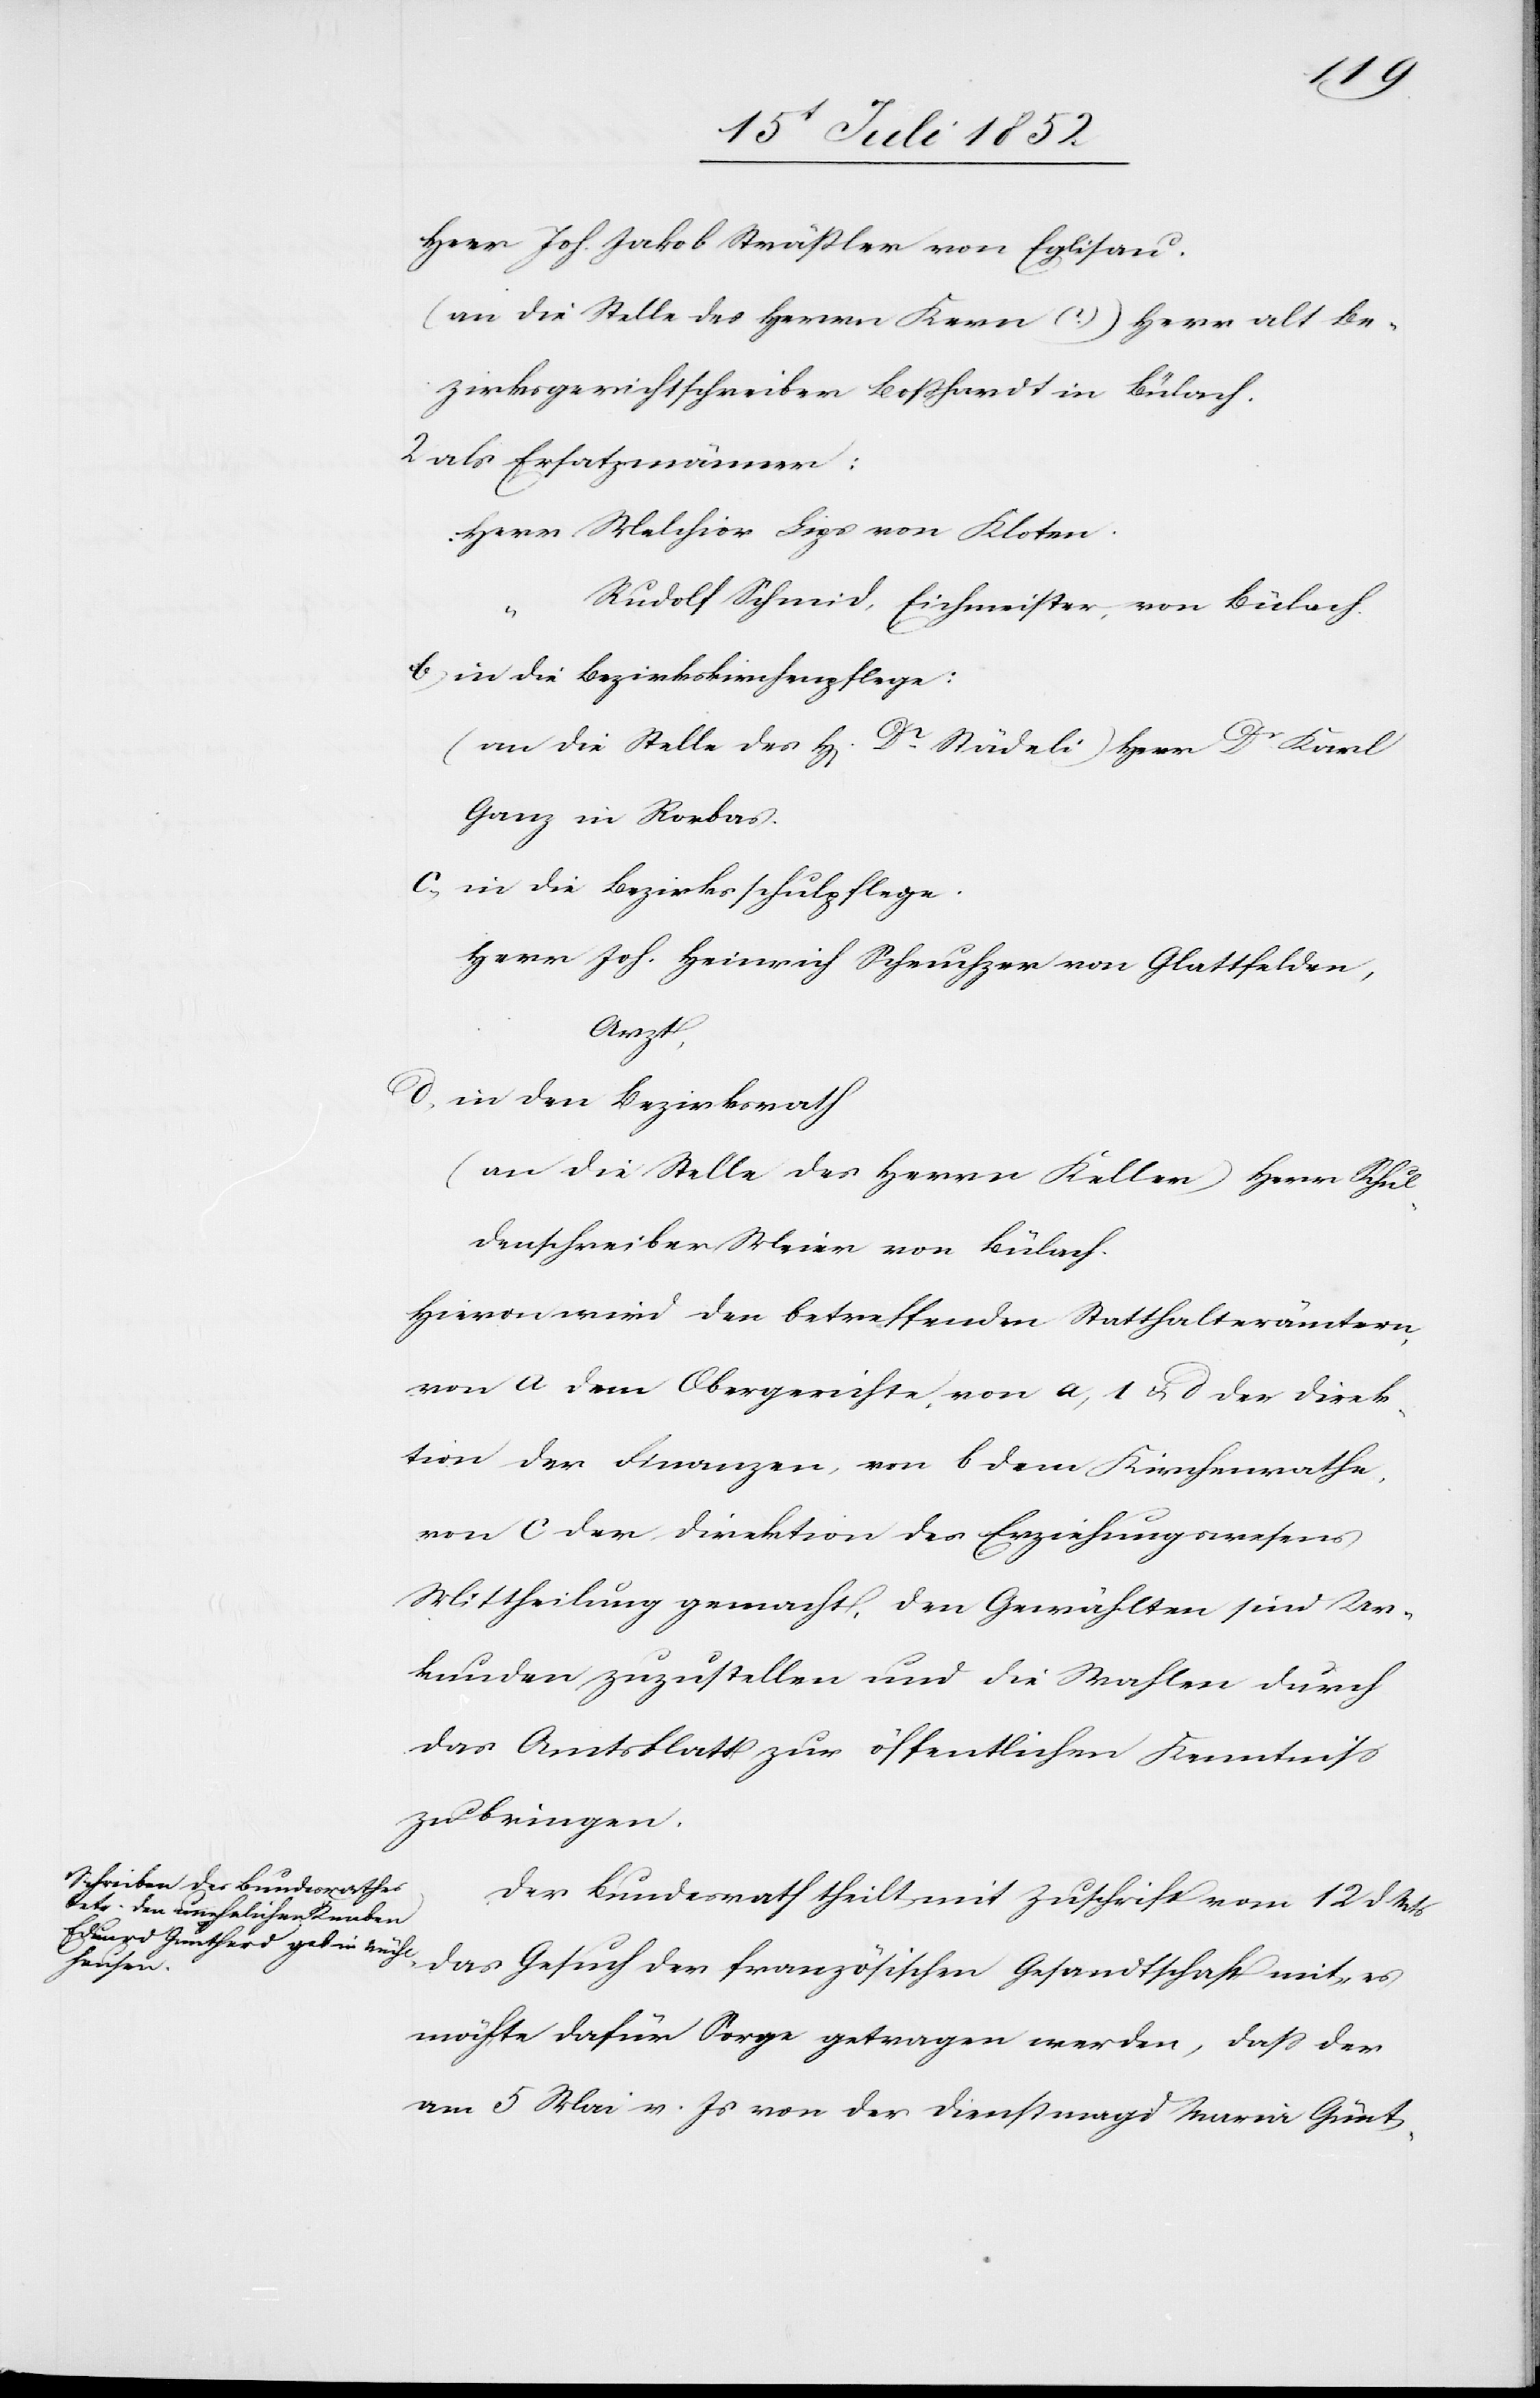
Herr Joh. Jakob Sträßler von Eglisau.
(an die Stelle des Herrn Kern (?)) Herr alt Be¬
zirksgerichtschreiber Boßhardt in Bülach.
als Ersatzmänner:
Herr Melchior Lips von Kloten.
Rudolf Schmid, Eichmeister, von Bülach.
b,
in die Bezirkskirchenpflege:
(an die Stelle des H[errn] Dr. Städeli) Herr Dr. Karl
Ganz in Rorbas.
in die Bezirksschulpflege.
Herr Joh. Heinrich Scheuchzer von Glattfelden,
Arzt,
in den Bezirksrath
(an die Stelle des Herrn Keller) Herr Schul¬
denschreiber Meier von Bülach.
Hievon wird den betreffenden Statthalterämtern,
von a dem Obergerichte, von a, 1 & d der Direk¬
tion der Finanzen, von b dem Kirchenrathe,
von c der Direktion des Erziehungswesens
Mittheilung gemacht, den Gewählten sind Ur¬
kunden zuzustellen und die Wahlen durch
das Amtsblatt zur öffentlichen Kenntniss
zu bringen.
Der Bundesrath theilt mit Zuschrift vom 12 d. Mts
das Gesuch der französischen Gesandtschaft mit, es
möchte dafür Sorge getragen werden, dass der
am 5 Mai v. Js von der Dienstmagd Maria Günt-